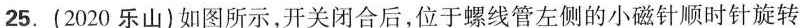
25.(2020乐山)如图所示，开关闭合后，位于螺线管左侧的小磁针顺时针旋转